Lunatic asylums Madras 1892-1911 - 1892-1911
Year: 1892
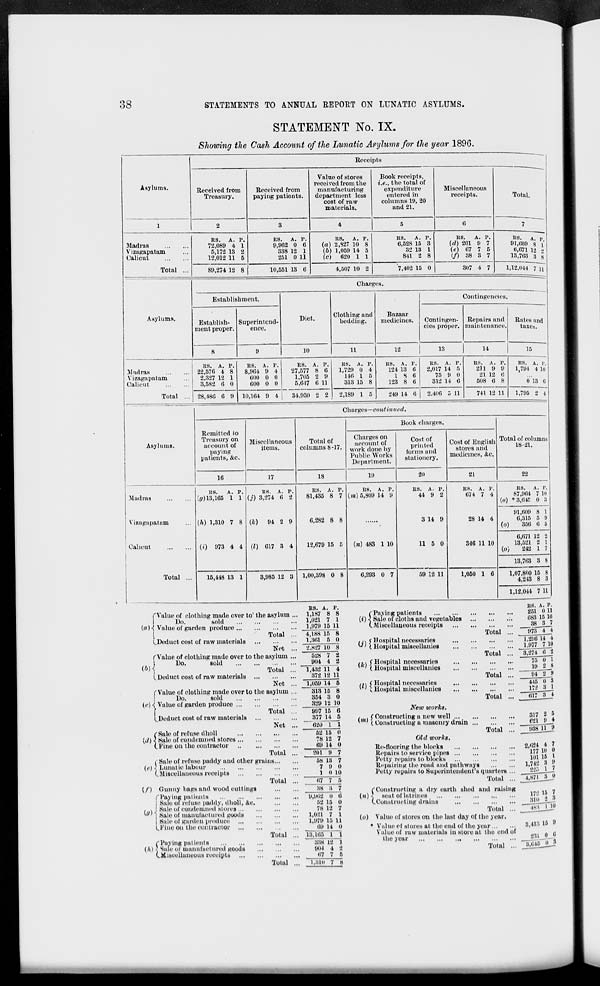
38
STATEMENTS TO ANNUAL REPORT ON LUNATIC ASYLUMS.
Asylums.
STATEMENT No. IX.
Showing the Cash Account of the Luvatic Asylums for the year 1896.
Receipts
Received from
Treasury.
Received from
paying patients.
Value of stores
received from the
manufacturing
department less
cost of raw
materials.
Book receipts,
i.e., the total of
expenditure
entered in
columns 19, 20
and 21.
Miscellaneous
receipts.
6
Total.
Madras
Vizagapatam
Calicut
Total
RS.
A. P.
72,089 4 1
5,172 13 2
12,012 11 5
89,274 12 8
ES.
A. P.
9,962 0 6
338 12 1
251 0 11
RS.
A. P.
(a) 2,827 10 8
(b) 1,059 14 5
(c) 620 1 1
10,551 13 6
4,507 10 2
R8.
A. P.
6,528 15 3
32 13 1
841 2 8
7,402 15 0
R8.
A. P.
(d) 201 9 7
(e) 67 7 5
(/) 38 3 7
307 4 7
KS.
A. p
91,609 8 1
6,671 12 ■>
13,763 3 8
1,12.044 7 11
Asylums.
Madras
V izagapatam
Calicut
Total
Asylums.
Madras
Vistula patam
Calicut
Total
Charges.
Establishment.
Establish-
ment proper.
Superintend-
ence.
Diet.
10
Clothing and
bedding.
11
Bazaar
medicines.
Contingencies.
Contingen-
cies proper.
Repairs and
maintenance.
12
13
14
Rates and
taxes.
15
RS. A. P.
22,576 4 8
2,327 12 1
3,582 6 0
28,480 6 9
RS. A.
8,904 9
600 0
000 0
P.
4
0
0
10,164 9 *
RS.
27,577
1,705
5,617
A. P.
8 6
2 9
6 11
34,930 2 2
RS. A. P.
1,729 0 4
146 1 B
313 15 8
2,189 1 5
KS. A. P.
124 13 ti
18 6
123 8 0
249 14 0
RS. A. P.
2,017 14 5
75 9 0
312 14 6
2.406 3 11
RS. A.
211 9
21 12
508 0
741 12 11
KS. A. V.
1,784 4 1U
013 6
1,795 2 t
Charges—continued.
Remitted to
Treasury on
account of
paying
patients, &c.
16
Miscellaneous
items.
17
Total of
columns 8-17.
18
Book charges.
Charges on
account of
work done by
Public Works
Department.
19
Cost of
printed
forms and
stationery.
20
Cost of English
stores and
medicines, &c.
21
Total of columns
18-21.
22
RS.
A. P.
(jr) 13,165 1 1
(h) 1,310 7 8
(i) 973 4 4
15,418 13 1
RS. A. P.
(j) 3,274 0 2
(k)
94 2 9
(I) 017 3 4
3,985 12 3
RS. A. P.
81,435 8 7
0,282 8 8
12,079 15 5
1,00,398 0 8
US. A. P.
(m) 5,809 14 9
(n) 483 1 10
0,293 0 7
RS. A. p.
41 9 2
3 14 9
11 5 0
59 12 11
RS. A. P.
074 7 4
28 14 4
340 11 10
1,050 1 6
RS.
A. P.
87,904 7 10
(o) »8,641! 0 ;i
111,609 8 1
0,315 5 II
(o)
350 (J 5
0,071 12 2
13,521 2 1
(o)
242 1 7
13,763 3 8
1,07,800 15 8
4,243 8 3
1,12,041 7 11
TValiie of clothing made over to' the asylum
Do.
sold
(a )•{ Value of garden produce
I
Total .
LDeduct cost of raw materials
Net .
ES. A. P.
1,187 8 8
1,021 7 1
1,079 15 11
(Pay in
(i) < Sale o
(.Misce
Paying patients
of cloths and vegetables
Uaueous receipts
U'X
fValue of clothing made over to the asylum ...
Do.
sold
i. Deduct cost of raw materials
Total ,
Net
f Value of clothing made over to the asylum
Do.
sold
(c) \ Value of garden produce ...
LDeduct cost of raw materials
(■Sale of refuse dholl
{J) < Kale of condemned stores ...
(. Fine on the contractor
Total
Net
Total
i Sale of refuse paddy and other grains...
(c) \ Lunatic labour
(.Miscellaneous receipts
Total
(/') Gunny bags and wood cuttings
("Paying patients
I Sale of refuse paddy, dholl, &e.
(a\ 1 ^' l ''' "' condemned stoics...
*•'' ] Sale of manufactured goods
| Sale of garden produce
Ll'iue on the contractor
(Paying patients
(h) •] Sale 01 manufactured goods
(.Miscellaneous receipts
4,188
1.361
15
5
8
0
2.S27 10 8
904
1,432
372
7
4
11
Ifl
2
8
4
11
1,059 14
313 15
354 3
329 12
5
8
0
10
997 15
377 14
6
5
020 1 1
52 15
78 12
69 14
0
7
0
201 1) 7
58
7
1
13 7
9 0
0 10
67 7 5
38 3 7
, •> f Hospital necessaries
W' ( Hospital miscellanies
/,., f Hospital necessaries
' ' (. Hospital miscellanies
/,, (Hospital necessaries
'*' 5. Hospital miscellanies
Total
Total
Total
Total
'—s
('")
9,962
52
7S
1,081
1,979
Oil
0 0
15 0
12 7
7 1
15 11
14 0
(»)
(0)
Total
Total
18,166
338
1101
67
1 1
18 1
4 2
7 6
Netv works.
f Constructing a new well
t Constructing a masonry drain
Total ,
Old works.
Re-llooring the blocks
Repairs to service pipes
Petty repairs to blocks
Repairing the road and pathways
Petty repairs to Superintendent's quarters
Total
(Constructing a dry earth shed and raisii
-^ seat of latrines
(.Constructing drains
Total
Value of stores on the last day of the year.
♦ Value of stores at the end of the year...
Value of raw materials in store at the end
the year
Total
RS. A. r.
251 0 11
683 15 10
_38_J_7
073 4_J
1,296 14 4
3,274 6~j
75 0 1
19__2J
_ 94 8 »
JilTTl
172 « 1
" 617 8 *
317 2 5
681 9 4
- i)38ir*9
2,624 4 7
177 10 0
101 15 I
1,742 3 !>
223 1 7
of
3,413 16 9
83] (• ,;
8,646 0 :t
I.8UJ 7 8